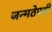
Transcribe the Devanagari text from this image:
जन्मठेपही